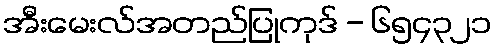
အီးမေးလ်အတည်ပြုကုဒ် - ၆၅၄၃၂၁